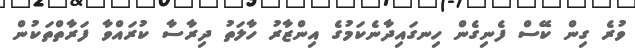
ވުރެ ގިން ކޭސް ފެނިގެން ހިނގައިދާނެކަމުގެ އިންޒާރު ހާލަތު ދިރާސާ ކުރައްވާ ފަރާތްތަކުން